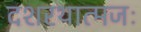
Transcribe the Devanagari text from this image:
दशरथात्मजः